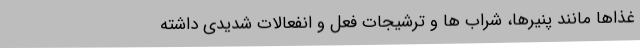
غذاها مانند پنیرها، شراب ها و ترشیجات فعل و انفعالات شدیدی داشته